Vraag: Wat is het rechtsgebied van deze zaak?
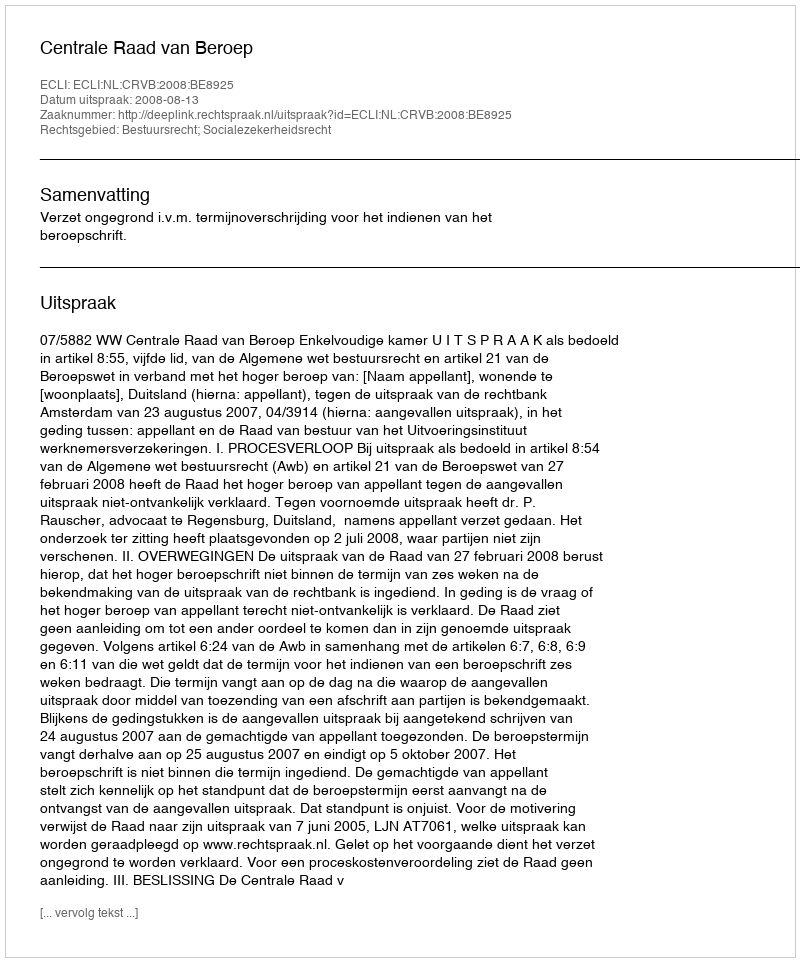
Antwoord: Bestuursrecht; Socialezekerheidsrecht